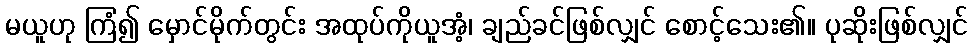
မယူဟု ကြံ၍ မှောင်မိုက်တွင်း အထုပ်ကိုယူအံ့၊ ချည်ခင်ဖြစ်လျှင် စောင့်သေး၏။ ပုဆိုးဖြစ်လျှင်